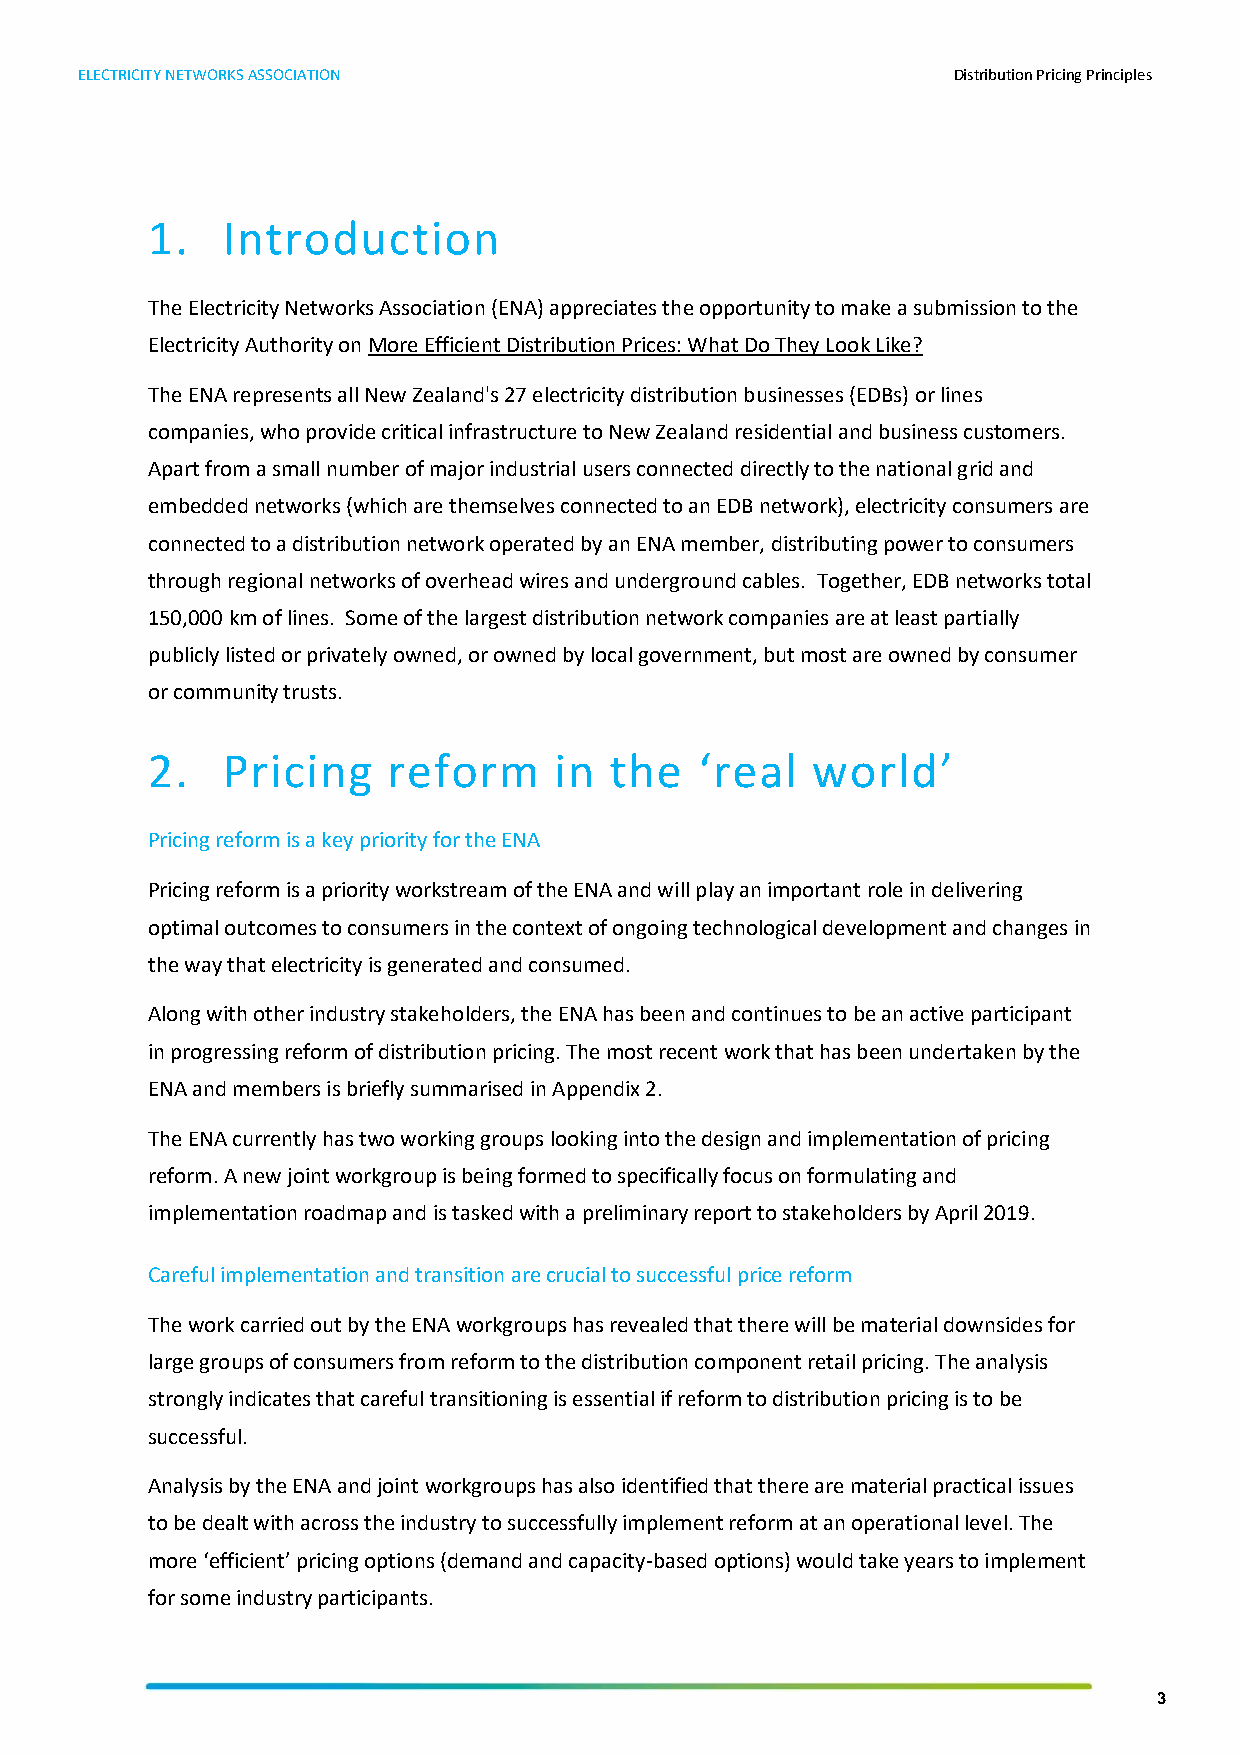
ELECTRICITY NETWORKS ASSOCIATION                          Distribution Pricing Principles
 1.   Introduction
 The Electricity Networks Association (ENA) appreciates the opportunity to make a submission to the
 Electricity Authority on More Efficient Distribution Prices: What Do They Look Like?
 The ENA represents all New Zealand's 27 electricity distribution businesses (EDBs) or lines
 companies, who provide critical infrastructure to New Zealand residential and business customers.
 Apart from a small number of major industrial users connected directly to the national grid and
 embedded networks (which are themselves connected to an EDB network), electricity consumers are
 connected to a distribution network operated by an ENA member, distributing power to consumers
 through regional networks of overhead wires and underground cables. Together, EDB networks total
 150,000 km of lines. Some of the largest distribution network companies are at least partially
 publicly listed or privately owned, or owned by local government, but most are owned by consumer
 or community trusts.
 2.   Pricing    reform     in the   ‘real   world’
 Pricing reform is a key priority for the ENA
 Pricing reform is a priority workstream of the ENA and will play an important role in delivering
 optimal outcomes to consumers in the context of ongoing technological development and changes in
 the way that electricity is generated and consumed.
 Along with other industry stakeholders, the ENA has been and continues to be an active participant
 in progressing reform of distribution pricing. The most recent work that has been undertaken by the
 ENA and members is briefly summarised in Appendix 2.
 The ENA currently has two working groups looking into the design and implementation of pricing
 reform. A new joint workgroup is being formed to specifically focus on formulating and
 implementation roadmap and is tasked with a preliminary report to stakeholders by April 2019.
 Careful implementation and transition are crucial to successful price reform
 The work carried out by the ENA workgroups has revealed that there will be material downsides for
 large groups of consumers from reform to the distribution component retail pricing. The analysis
 strongly indicates that careful transitioning is essential if reform to distribution pricing is to be
 successful.
 Analysis by the ENA and joint workgroups has also identified that there are material practical issues
 to be dealt with across the industry to successfully implement reform at an operational level. The
 more ‘efficient’ pricing options (demand and capacity-based options) would take years to implement
 for some industry participants.
 3